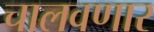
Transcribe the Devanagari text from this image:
चालवणार